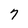
Character: 7